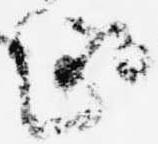
趣